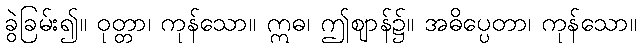
ခွဲခြမ်း၍။ ဝုတ္တာ၊ ကုန်သော။ ဣဓ၊ ဤဈာန်၌။ အဓိပ္ပေတာ၊ ကုန်သော။